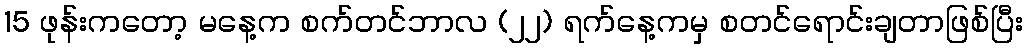
15 ဖုန်းကတော့ မနေ့က စက်တင်ဘာလ (၂၂) ရက်နေ့ကမှ စတင်ရောင်းချတာဖြစ်ပြီး